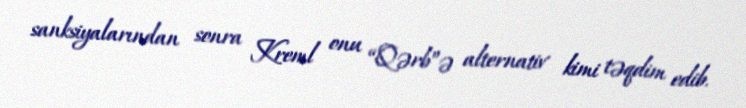
sanksiyalarından sonra Kreml onu “Qərb”ə alternativ kimi təqdim edib.